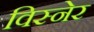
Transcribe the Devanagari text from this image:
विस्नेर